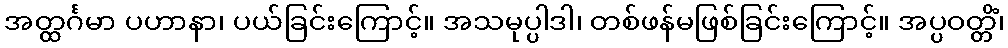
အတ္ထင်္ဂမာ ပဟာနာ၊ ပယ်ခြင်းကြောင့်။ အသမုပ္ပါဒါ၊ တစ်ဖန်မဖြစ်ခြင်းကြောင့်။ အပ္ပဝတ္တိံ၊